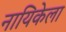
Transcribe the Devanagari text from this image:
नायिकेला